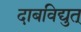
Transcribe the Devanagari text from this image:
दाबविद्युत्‌